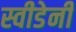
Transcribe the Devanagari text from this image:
स्वीडेनी